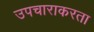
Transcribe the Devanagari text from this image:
उपचाराकरता